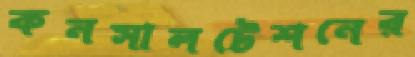
কনসালটেশনের